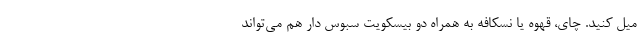
میل کنید. چای، قهوه یا نسکافه به همراه دو بیسکویت سبوس دار هم می‌تواند